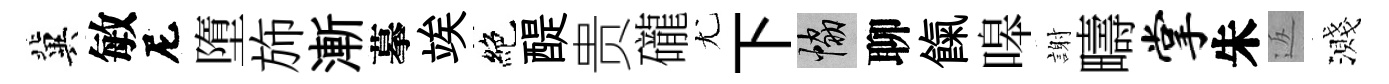
冀敏尼墮斾漸摹竢絶醍贵礲尤下協聊餼嗥謝疇掌朱返濺